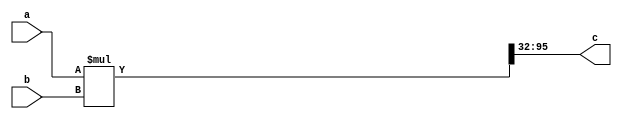
module QR_mul(a,b,c);

input signed [63:0] a, b;
output signed [63:0] c;

wire signed [127:0] ab;
wire signed [63:0] c;

assign ab = a * b;
assign c = ab[95:32];

endmodule